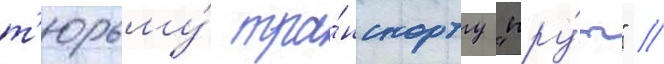
т'юрьму́ тра́нспорту "пру́т" //